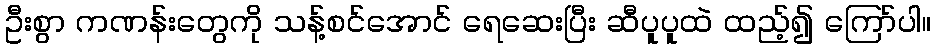
ဦးစွာ ကဏန်းတွေကို သန့်စင်အောင် ရေဆေးပြီး ဆီပူပူထဲ ထည့်၍ ကြော်ပါ။